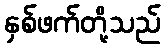
နှစ်ဖက်တို့သည်